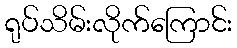
ရုပ်သိမ်းလိုက်ကြောင်း